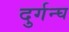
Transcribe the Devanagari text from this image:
दुर्गन्घ